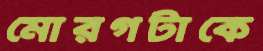
মোরগটাকে